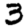
Digit: 3